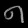
Digit: ၈